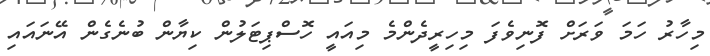
މިހާރު ހަމަ ވަރަށް ފޮނިވެފަ މިހިރީދެންމެ މިއައީ ހޮސްޕިޓަލުން ކިޔާން ބުނެގެން އޭނައައި